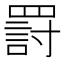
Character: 罸